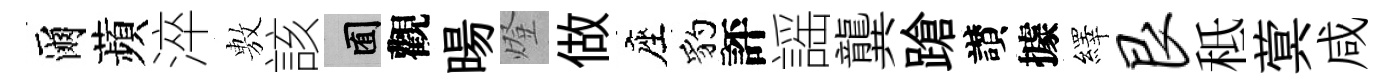
爾蘋淬𢾾該囿觀暘燈做座豹評謡龔蹌讃據繹艮秪蓂咸